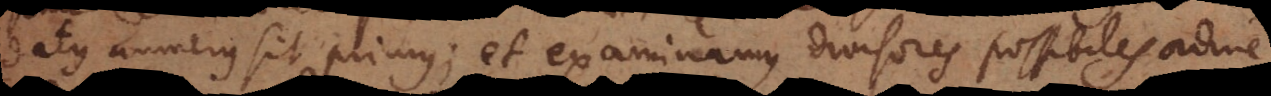
datus numerus sit primus; et examinamus divisores possibiles ordine.